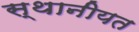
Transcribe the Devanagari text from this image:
स्थानीयत